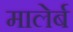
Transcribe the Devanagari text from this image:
मालेर्ब